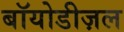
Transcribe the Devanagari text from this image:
बॉयोडीज़ल